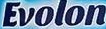
EVOLON